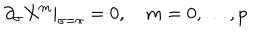
\partial _ { \sigma } X ^ { m } | _ { \sigma = \pi } = 0 , \quad m = 0 , \ldots , p